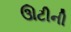
ઊટીની